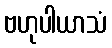
ဗဟုပါယာသံ